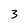
Character: 3